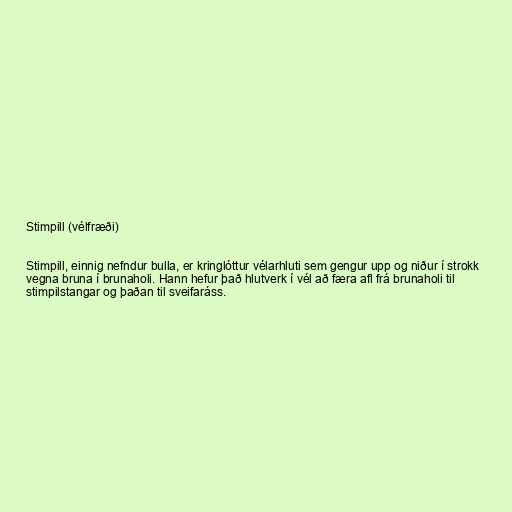
Stimpill (vélfræði)

Stimpill, einnig nefndur bulla, er kringlóttur vélarhluti sem gengur upp og niður í strokk
vegna bruna í brunaholi. Hann hefur það hlutverk í vél að færa afl frá brunaholi til
stimpilstangar og þaðan til sveifaráss.